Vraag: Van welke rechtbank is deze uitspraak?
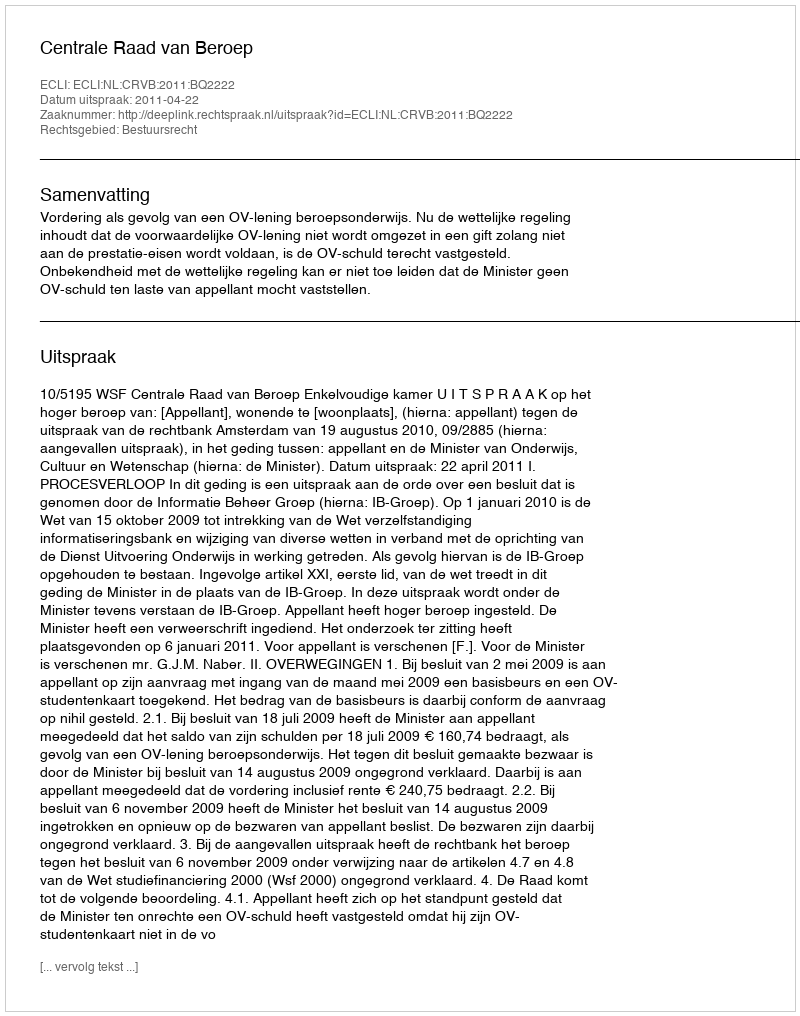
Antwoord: Centrale Raad van Beroep